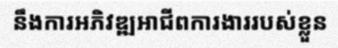
នឹងការអភិវឌ្ឍអាជីពការងាររបស់ខ្លួន